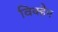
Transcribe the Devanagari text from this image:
विक्हैम